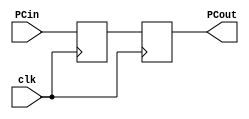
//Taylan Unal CMPEN 331.001 LAB5 Top Module
`timescale 1ns / 1ps
module PC(clk, PCin, PCout);
    input clk;                  
    input [31:0] PCin;
    reg[31:0] PCmem;          
    output reg [31:0] PCout;
    initial begin
        PCout = 0;
        PCmem = 100;
    end  
    
    always @(posedge clk) begin       
        PCmem <= PCin; //register output is saved as its input at clk cycle
    end
    always @(negedge clk) begin       
        PCout <= PCmem; //register output is assigned its input at clk cycle
    end
endmodule

module PCAdder(PCin, PCout);
    input [31:0] PCin;
    output reg [31:0] PCout;
    
    always @(PCin) begin
        PCout <= PCin + 4;
    end
endmodule

module InstMem(pcin, do); //a is 'PC input', do is 'IM output'
    input [31:0] pcin;
    output reg [31:0] do;
    reg [31:0] IM[0:127]; //load word from memory, leaving room for more instructions later.
    initial begin
        IM[32'd100] = 32'h8c220000; //lw $v0 00($at)
        IM[32'd104] = 32'h8c230004; //lw $v1 04($at)
        IM[32'd108] = 32'h8c240008; //lw $a0 08($at)
        IM[32'd112] = 32'h8c25000c; //lw $a1 12($at)
        IM[32'd116] = 32'h012E6820; //add $t5,$1,$t6 (adding $6,$2,$10)
    end
    
    always @ (pcin) begin //good
        do <= IM[pcin];
    end
endmodule

module IFID(clk, do, op, rd, rs, rt, func, imm);
    input clk;
    input [31:0] do;//instruction input
    output reg [5:0] op,func;//I-type values
    output reg [5:0] rd,rs,rt;//I-type values
    output reg [15:0] imm;//immediate value
    reg [31:0] IF; //IFID  temporarymemory
    always @ (posedge clk) begin
        IF <= do; //save value of input until negedge
    end
    
    always @(negedge clk)
        begin
            op <= IF[31:26];
            rs <= IF[25:21];
            rt <= IF[20:16];
            rd <= IF[15:11];
            func <= IF[5:0];
            imm <= IF[15:0]; //hmmm
        end
endmodule


module ControlUnit(op,func,aluc,wreg,m2reg,wmem,aluimm,regrt);
    input [5:0] op,func;
    output reg [3:0] aluc;
    output reg wreg, m2reg, wmem, aluimm, regrt;
    
    initial begin
        wreg <= 0; //RegWrite
        m2reg <= 0; //Mem2Reg
        wmem <= 0; //Write Memory
        aluimm <= 0; //ALU source
        regrt <= 0; //Reg Destination
    end
    always @ (op,func) begin //adding func
        if(op == 0) begin //R-Type instruction
            case(func)
                32: aluc <= 2; //Register ADD
                34: aluc <= 6; //Register SUB
                36: aluc <= 0; //Register AND
                37: aluc <= 1; //Register OR
                39: aluc <= 12;//Register XOR
             endcase
             wreg <= 1;//RegWrite
             m2reg <= 0;//Mem2Reg
             wmem <= 0;//WriteMem
             aluimm <= 0; //AluSrc
             regrt <= 1; //input to ControlMux
        end
        if(op == 6'b100011) begin //Load Word (LW) I-type
            aluc <= 2;//add
            wreg <= 1;//RegWrite
            m2reg <= 1;//Mem2Reg
            wmem <= 0;//WriteMem
            aluimm <= 1;//AluSrc
            regrt <= 0; //input to ControlMux
        end
    end
endmodule

module ControlMux(rd,rt,regrt,rn);
    input [4:0] rd,rt; //output from IFIDReg
    input regrt; //from controlunit, enable write
    output reg [4:0] rn; //output

    always @(regrt,rt,rd) begin
        case (regrt)
            0:
                rn <= rt;
            1:
                rn <= rd;
        endcase
    end
endmodule

module SignExtend(immIn, immOut);//input IF instruct value, output an extended 32 bit value
    input [15:0] immIn; //short (nonextended) value
    output reg [31:0] immOut; //extended value

    always @(immIn) begin
        immOut <= {{16{immIn[15]}},immIn[15:0]}; //extends 16bit number to 32bits.
    end
endmodule

module IDEXE(clk, wreg, m2reg, wmem, aluc, aluimm, rn, qa, qb, imm,
            ewreg, em2reg, ewmem, ealuc, ealuimm, ern, eqa, eqb, eimm);
    input clk; 
    input wreg, m2reg, wmem, aluimm; //input to IDEXE
    input [3:0] aluc; //output from control unit
    input [4:0] rn; //output from mux into IDEXE
    input [31:0] qa, qb; //output from regfile
    input [31:0] imm; //extended immediate value 
    
    //Use these to store values for later assignment using posedge, negedge.
    reg wreg2, m2reg2, wmem2, aluimm2;
    reg [4:0] rn2;
    reg [3:0] aluc2;
    reg [31:0] qa2, qb2;
    reg [31:0] imm2;
    
    output reg ewreg, em2reg, ewmem, ealuimm; //extended outputs from control unit
    output reg [3:0] ealuc; //extended outputs from control unit, into ALU
    output reg [4:0] ern; //extended outputs from mux
    output reg [31:0] eqa, eqb; //extended outputs from regfile
    output reg [31:0] eimm; //extended outputs from sign extender

    always@(posedge clk) begin //pass values into middle save values. (save regs <= input)
        wreg2 <= wreg;
        m2reg2 <= m2reg;
        wmem2 <= wmem;
        aluimm2 <= aluimm;
        rn2 <= rn;
        aluc2 <= aluc;
        qa2 <= qa;
        qb2 <= qb;
        imm2 <= imm;
    end
    
    always@(negedge clk) begin //output values from saved values. (output <= save regs)
        ewreg <= wreg2;
        em2reg <= m2reg2;
        ewmem <= wmem2;
        ealuimm <= aluimm2;
        ern <= rn2;
        ealuc <= aluc2;
        eqa <= qa2;
        eqb <= qb2;
        eimm <= imm2;
    end
endmodule

module ALUMux(eqb, eimmExt, ealuimm, muxImm);
    input [31:0] eqb, eimmExt; //qb value and immExt from IDEXE
    input ealuimm;//selector from IDEXE
    output reg [31:0] muxImm; //output of ALUMux
    
    always @ (eqb, eimmExt) begin
        case (ealuimm)
            0: muxImm = eqb;
            1: muxImm = eimmExt;
        endcase
    end
endmodule

module ALU (eqa, eqb, ealuc, aluOut);
    input [31:0] eqa, eqb;
    input [3:0] ealuc; //4bit number
    
    output reg [31:0] aluOut;

    always @ (eqa, eqb) begin
        case (ealuc)
            4'b0010: aluOut <= eqa + eqb;
        endcase
    end
endmodule

module EXEMEM (clock, ewreg, em2reg, ewmem, ern, aluOut, eqb, 
               mwreg, mm2reg, mwmem, mrn, maluOut, mqb);
    input clock, ewreg, em2reg, ewmem;
    input [4:0] ern;
    input [31:0] aluOut, eqb;
    
    //Temporary store values for posedge/negedge
    reg ewreg2, em2reg2, ewmem2;
    reg [4:0] ern2;
    reg [31:0] aluOut2, eqb2;
    
    output reg mwreg, mm2reg, mwmem; //outputs on memory side of register
    output reg [4:0] mrn;
    output reg [31:0] maluOut, mqb;
    
    always @ (posedge clock) begin //pass values into middle save (save regs <= input)
        ewreg2 <= ewreg;
        em2reg2 <= em2reg;
        ewmem2 <= ewmem;
        ern2 <= ern;
        aluOut2 <= aluOut;
        eqb2 <= eqb;
    end

    always @ (negedge clock) begin
        mwreg <= ewreg2;
        mm2reg <= em2reg;
        mwmem <= ewmem;
        mrn <= ern2;
        maluOut <= aluOut2;
        mqb <= eqb2;
    end
endmodule

module DataMemory (maluOut, mqb, mwmem, dmOut);//wm, aludata_in, qbdata_in, dmdata_out);
    input [31:0] maluOut, mqb; //input alu output value, qb value
    input mwmem;//write memory
    output reg [31:0] dmOut;
    
    reg [31:0] DM [0:36];

    initial begin //set first 10 words to data memory
        DM[32'd0] = 32'hA00000AA;
        DM[32'd4] = 32'h10000011;
        DM[32'd8] = 32'h20000022;
        DM[32'd12] = 32'h30000033;
        DM[32'd16] = 32'h40000044;
        DM[32'd20] = 32'h50000055;
        DM[32'd24] = 32'h60000066;
        DM[32'd28] = 32'h70000077;
        DM[32'd32] = 32'h80000088;
        DM[32'd36] = 32'h90000099;
    end
    
    always @ (maluOut, mqb) begin
        case (mwmem)
            1'b0: dmOut <= DM[maluOut];
            1'b1: dmOut <= DM[mqb];  
        endcase
    end
endmodule

module MEMWB(clk, mwreg, mm2reg, mrn, maluOut, dmOut,
             wwreg, wm2reg, wrn, waluOut, wdmOut);//adding WB outputs
    input clk, mwreg, mm2reg;
    input [31:0] maluOut, dmOut; 
    input [4:0] mrn;
    
    //Temporary store values between posedge/negedge
    reg mwreg2, mm2reg2;
    reg [31:0] maluOut2, dmOut2;
    reg [4:0] mrn2;
    
    output reg wwreg, wm2reg;
    output reg [31:0] waluOut, wdmOut;
    output reg [4:0] wrn;

    always @(posedge clk) begin //stores into temporary regs
        mwreg2 <= mwreg;
        mm2reg2 <= mm2reg;
        maluOut2 <= maluOut;
        dmOut2 <= dmOut;
        mrn2 <= mrn;
    end
    
    always @(negedge clk) begin
        wwreg <= mwreg2;
        wm2reg <= mm2reg2;
        waluOut <= maluOut2;
        wdmOut <= dmOut2;
        wrn <= mrn2;
    end
endmodule

module WBMux(waluOut, wdmOut, wm2reg, wbMuxOut);
    input [31:0] waluOut, wdmOut;//takes in aluresult and data memory address
    input wm2reg; //write enable memory to register
    output reg [31:0] wbMuxOut; //output to regfile
    
    always @(waluOut, wdmOut, wm2reg) begin
        case(wm2reg)
            0: wbMuxOut <= waluOut; //if wm2reg=0, output alu value
            1: wbMuxOut <= wdmOut; //if wm2reg=1, output datamem value.
        endcase
    end
endmodule

module RegFile(clk, rs, rt, qa, qb, wrn, wbmuxOut); //(clk,rs,rt,qa,qb,wrn,wbmuxOut)
    input clk;
    input [31:0] wbmuxOut; //data to write to register
    input [4:0] rs, rt, wrn; //rs val in, rt val in, rd val in
    reg [31:0] regs [0:31]; //32 x 32 register file. Store all the registers.

    output reg [31:0] qa, qb; //qa->rt out, qb->rs

    initial begin //initialize all 32 registers to 0.
        {regs[0], regs[1], regs[2], regs[3], regs[4], regs[5], regs[6], regs[7],
        regs[8], regs[9], regs[10], regs[11], regs[12], regs[13], regs[14], regs[15],
        regs[16], regs[17], regs[18], regs[19], regs[20], regs[21], regs[22], regs[23],
        regs[24], regs[25], regs[26], regs[27], regs[28], regs[29], regs[30], regs[31]} = 0;//32'h00000000;
    end
    
    always @(posedge clk) begin //write during first half of cycle
        if(wrn != 0) begin//write operation
            regs[wrn] <= wbmuxOut;
        end
    end
    
    always @(rs, rt) begin//read during second half of cycle
        qa <= regs[rs]; //register val in register rs
        qb <= regs[rt]; //register val in register rt
    end
endmodule